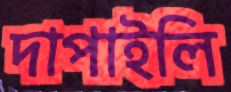
দাপাইলি